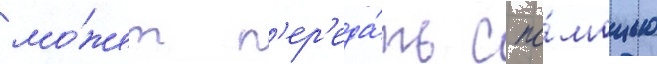
мо́жет п'ер'еда́ть с по́мощью